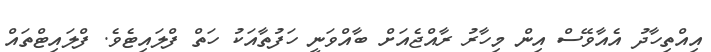
އިއްތިހާދު އެއާވޭސް އިން މިހާރު ރާއްޖެއަށް ބާއްވަނީ ހަފުތާއަކު ހަތް ފްލައިޓެވެ. ފްލައިޓްތައް